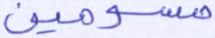
مسومين